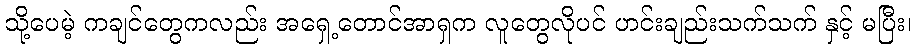
သို့ပေမဲ့ ကချင်တွေကလည်း အရှေ့တောင်အာရှက လူတွေလိုပင် ဟင်းချည်းသက်သက် နှင့် မပြီး၊